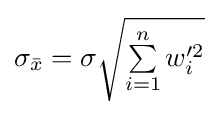
{\textstyle \sigma _{\bar {x}}=\sigma {\sqrt {\sum \limits _{i=1}^{n}w_{i}'^{2}}}}